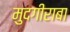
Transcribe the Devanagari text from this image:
मुदगीराबा